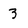
Character: 3